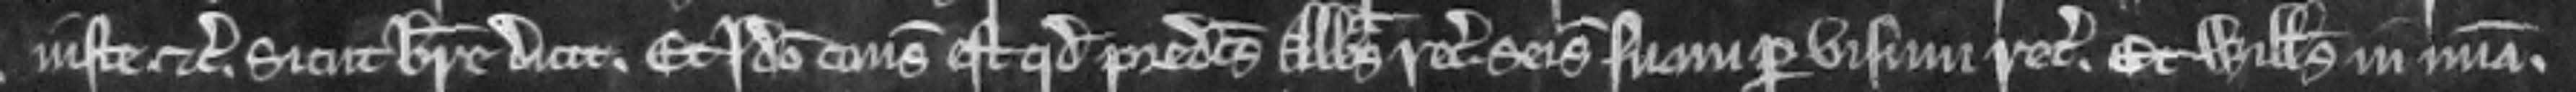
iuste etc. Sicut breve dicit. Et Ideo consideratum est quod predictus Abbas recuperet seisinam suam per visum recognitorum. Et Willelmus in misericordia.